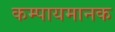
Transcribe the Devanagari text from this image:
कम्पायमानक